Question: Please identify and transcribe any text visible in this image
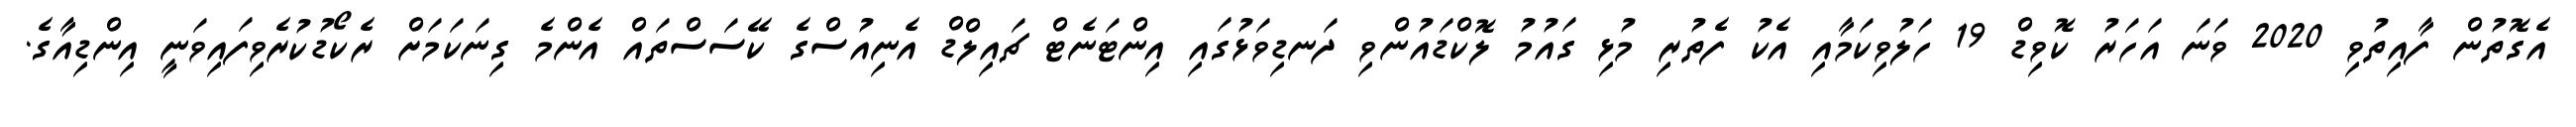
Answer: އެގޮތުން ފާއިތުވި 2020 ވަނަ އަހަރު ކޮވިޑް 19 ހަލުވިކަމާއި އެކު ފެތުރި މުޅި ގައުމު ލޮކްޑައުންވި ދަނޑިވަޅުގައި އިންޓަނެޓް ޗައިލްޑް އެނިއުސްގެ ކޭސަސްތައް އެންމެ ގިނަކަމަށް ރެކޯޑުކުރެވިފައިވަނީ އިންޑިއާގެ.